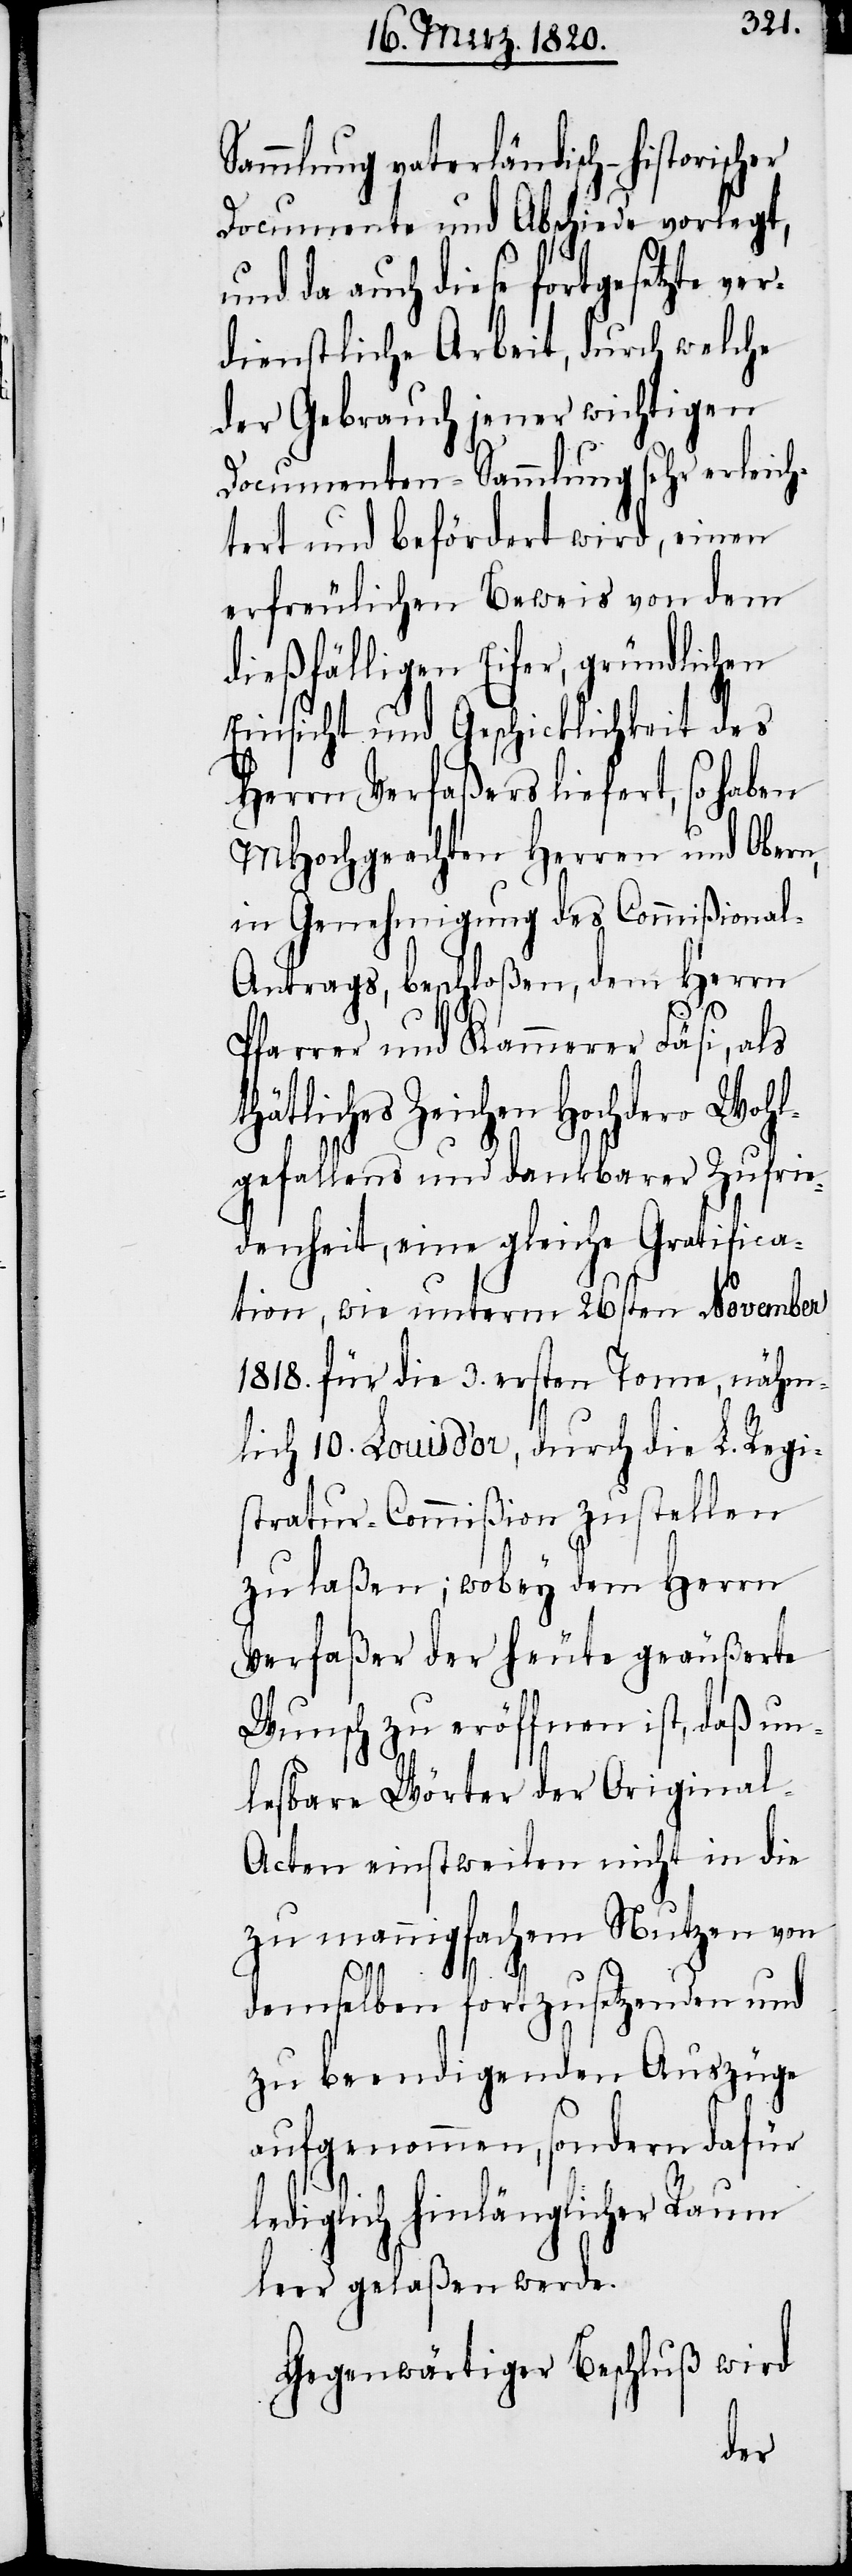
Sammlung vaterländisch-historischer
Documente und Abschiede vorlegt,
da auch diese fortgesetzte
dienstliche Arbeit, durch welche
der Gebrauch jener wichtigen
Documenten-Sammlung sehr erleich¬
tert und befördert wird, einen
erfreulichen Beweis von dem
dießfälligen Eifer, gründlichen
Einsicht und Geschicklichkeit des
Herrn Verfaßers liefert, so haben
MHochgeachten Herren und Obern,
in Genehmigung des Commißional-A¬
ntrags, beschloßen, dem Herrn
Pfarrer und Kammerer Fäsi, als
hätliches Zeichen Hochdero Woh¬
lgefallens und dankbarer Zufrie¬
denheit, eine gleiche Gratifica¬
tion, wie unterm 26sten November
1818. für die 3. ersten Tome, nähm¬
lich 10. Louisd’or, durch die L. Regi¬
stratur-Commißion zustellen
zu laßen; wobey dem Herrn
Verfaßer der heute geäußerte
Wunsch zu eröffnen ist, daß un¬
lesbare Wörter der Original-A¬
cten einstweilen nicht in die
zu mannigfachem Nutzen von
t¬
demselben fortzusetzenden und
zu beendigenden Auszüge
aufgenommen, sondern dafür
lediglich hinlänglicher Raum
leer gelaßen werde.
Gegenwärtiger Beschluß wird
ver¬